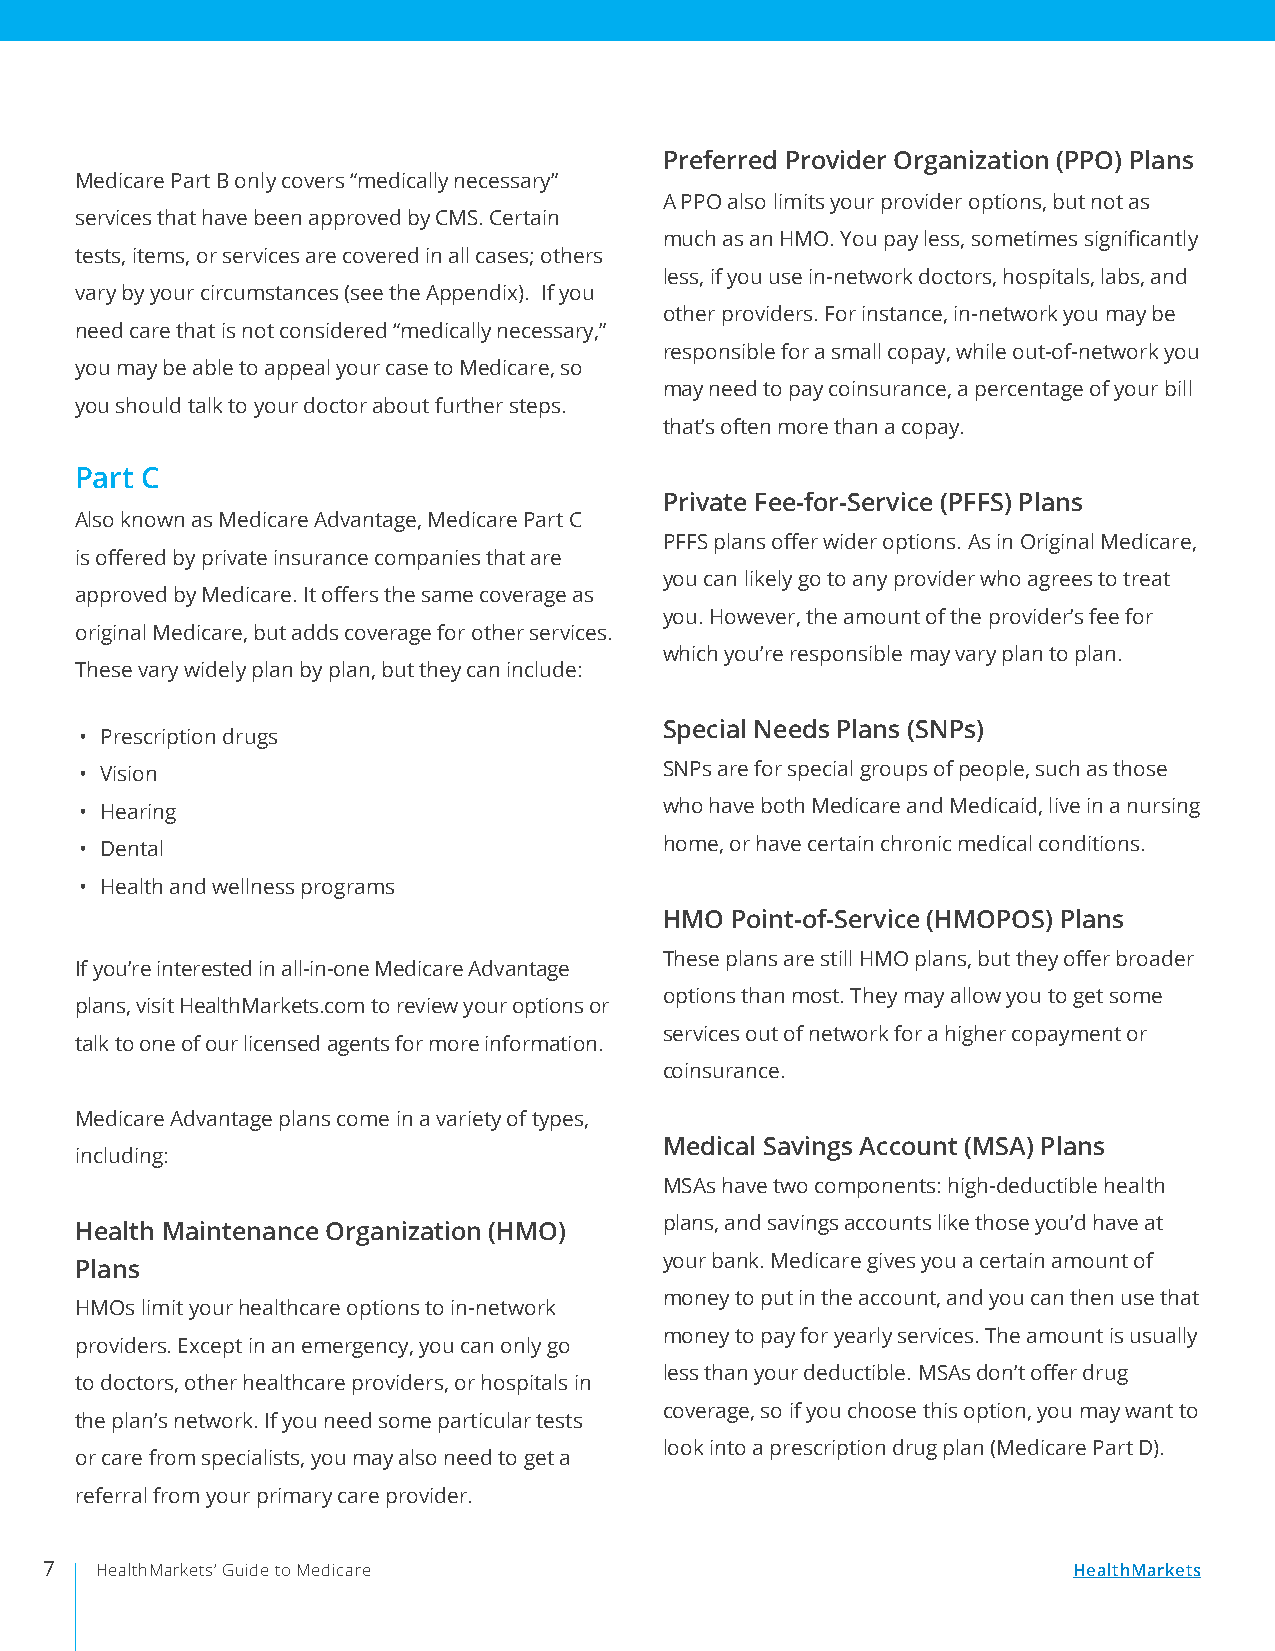
Preferred Provider Organization (PPO) Plans
 Medicare Part B only covers “medically necessary”
 A PPO also limits your provider options, but not as
 services that have been approved by CMS. Certain
 much as an HMO. You pay less, sometimes significantly
 tests, items, or services are covered in all cases; others
 less, if you use in-network doctors, hospitals, labs, and
 vary by your circumstances (see the Appendix). If you
 other providers. For instance, in-network you may be
 need care that is not considered “medically necessary,”
 responsible for a small copay, while out-of-network you
 you may be able to appeal your case to Medicare, so
 may need to pay coinsurance, a percentage of your bill
 you should talk to your doctor about further steps.
 that’s often more than a copay.
 Part C
 Private Fee-for-Service (PFFS) Plans
 Also known as Medicare Advantage, Medicare Part C
 PFFS plans offer wider options. As in Original Medicare,
 is offered by private insurance companies that are
 you can likely go to any provider who agrees to treat
 approved by Medicare. It offers the same coverage as
 you. However, the amount of the provider’s fee for
 original Medicare, but adds coverage for other services.
 which you’re responsible may vary plan to plan.
 These vary widely plan by plan, but they can include:
 Special Needs Plans (SNPs)
 • Prescription drugs
 • Vision                               SNPs are for special groups of people, such as those
 • Hearing                              who have both Medicare and Medicaid, live in a nursing
 • Dental                               home, or have certain chronic medical conditions.
 • Health and wellness programs
 HMO Point-of-Service (HMOPOS) Plans
 These plans are still HMO plans, but they offer broader
 If you’re interested in all-in-one Medicare Advantage
 options than most. They may allow you to get some
 plans, visit HealthMarkets.com to review your options or
 services out of network for a higher copayment or
 talk to one of our licensed agents for more information.
 coinsurance.
 Medicare Advantage plans come in a variety of types,
 Medical Savings Account (MSA) Plans
 including:
 MSAs have two components: high-deductible health
 plans, and savings accounts like those you’d have at
 Health Maintenance Organization (HMO)
 your bank. Medicare gives you a certain amount of
 Plans
 money to put in the account, and you can then use that
 HMOs limit your healthcare options to in-network
 money to pay for yearly services. The amount is usually
 providers. Except in an emergency, you can only go
 less than your deductible. MSAs don’t offer drug
 to doctors, other healthcare providers, or hospitals in
 coverage, so if you choose this option, you may want to
 the plan’s network. If you need some particular tests
 look into a prescription drug plan (Medicare Part D).
 or care from specialists, you may also need to get a
 referral from your primary care provider.
 7  HealthMarkets’ Guide to Medicare                                 HealthMarkets